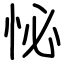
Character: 怭